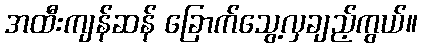
အထီးကျန်ဆန် ခြောက်သွေ့လှချည့်ကွယ်။